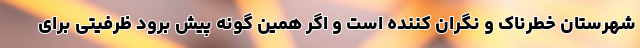
شهرستان خطرناک و نگران کننده است و اگر همین گونه پیش برود ظرفیتی برای